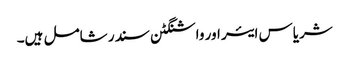
شریاس ایئر اور واشنگٹن سندر شامل ہیں۔